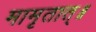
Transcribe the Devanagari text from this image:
मामृतात्॥